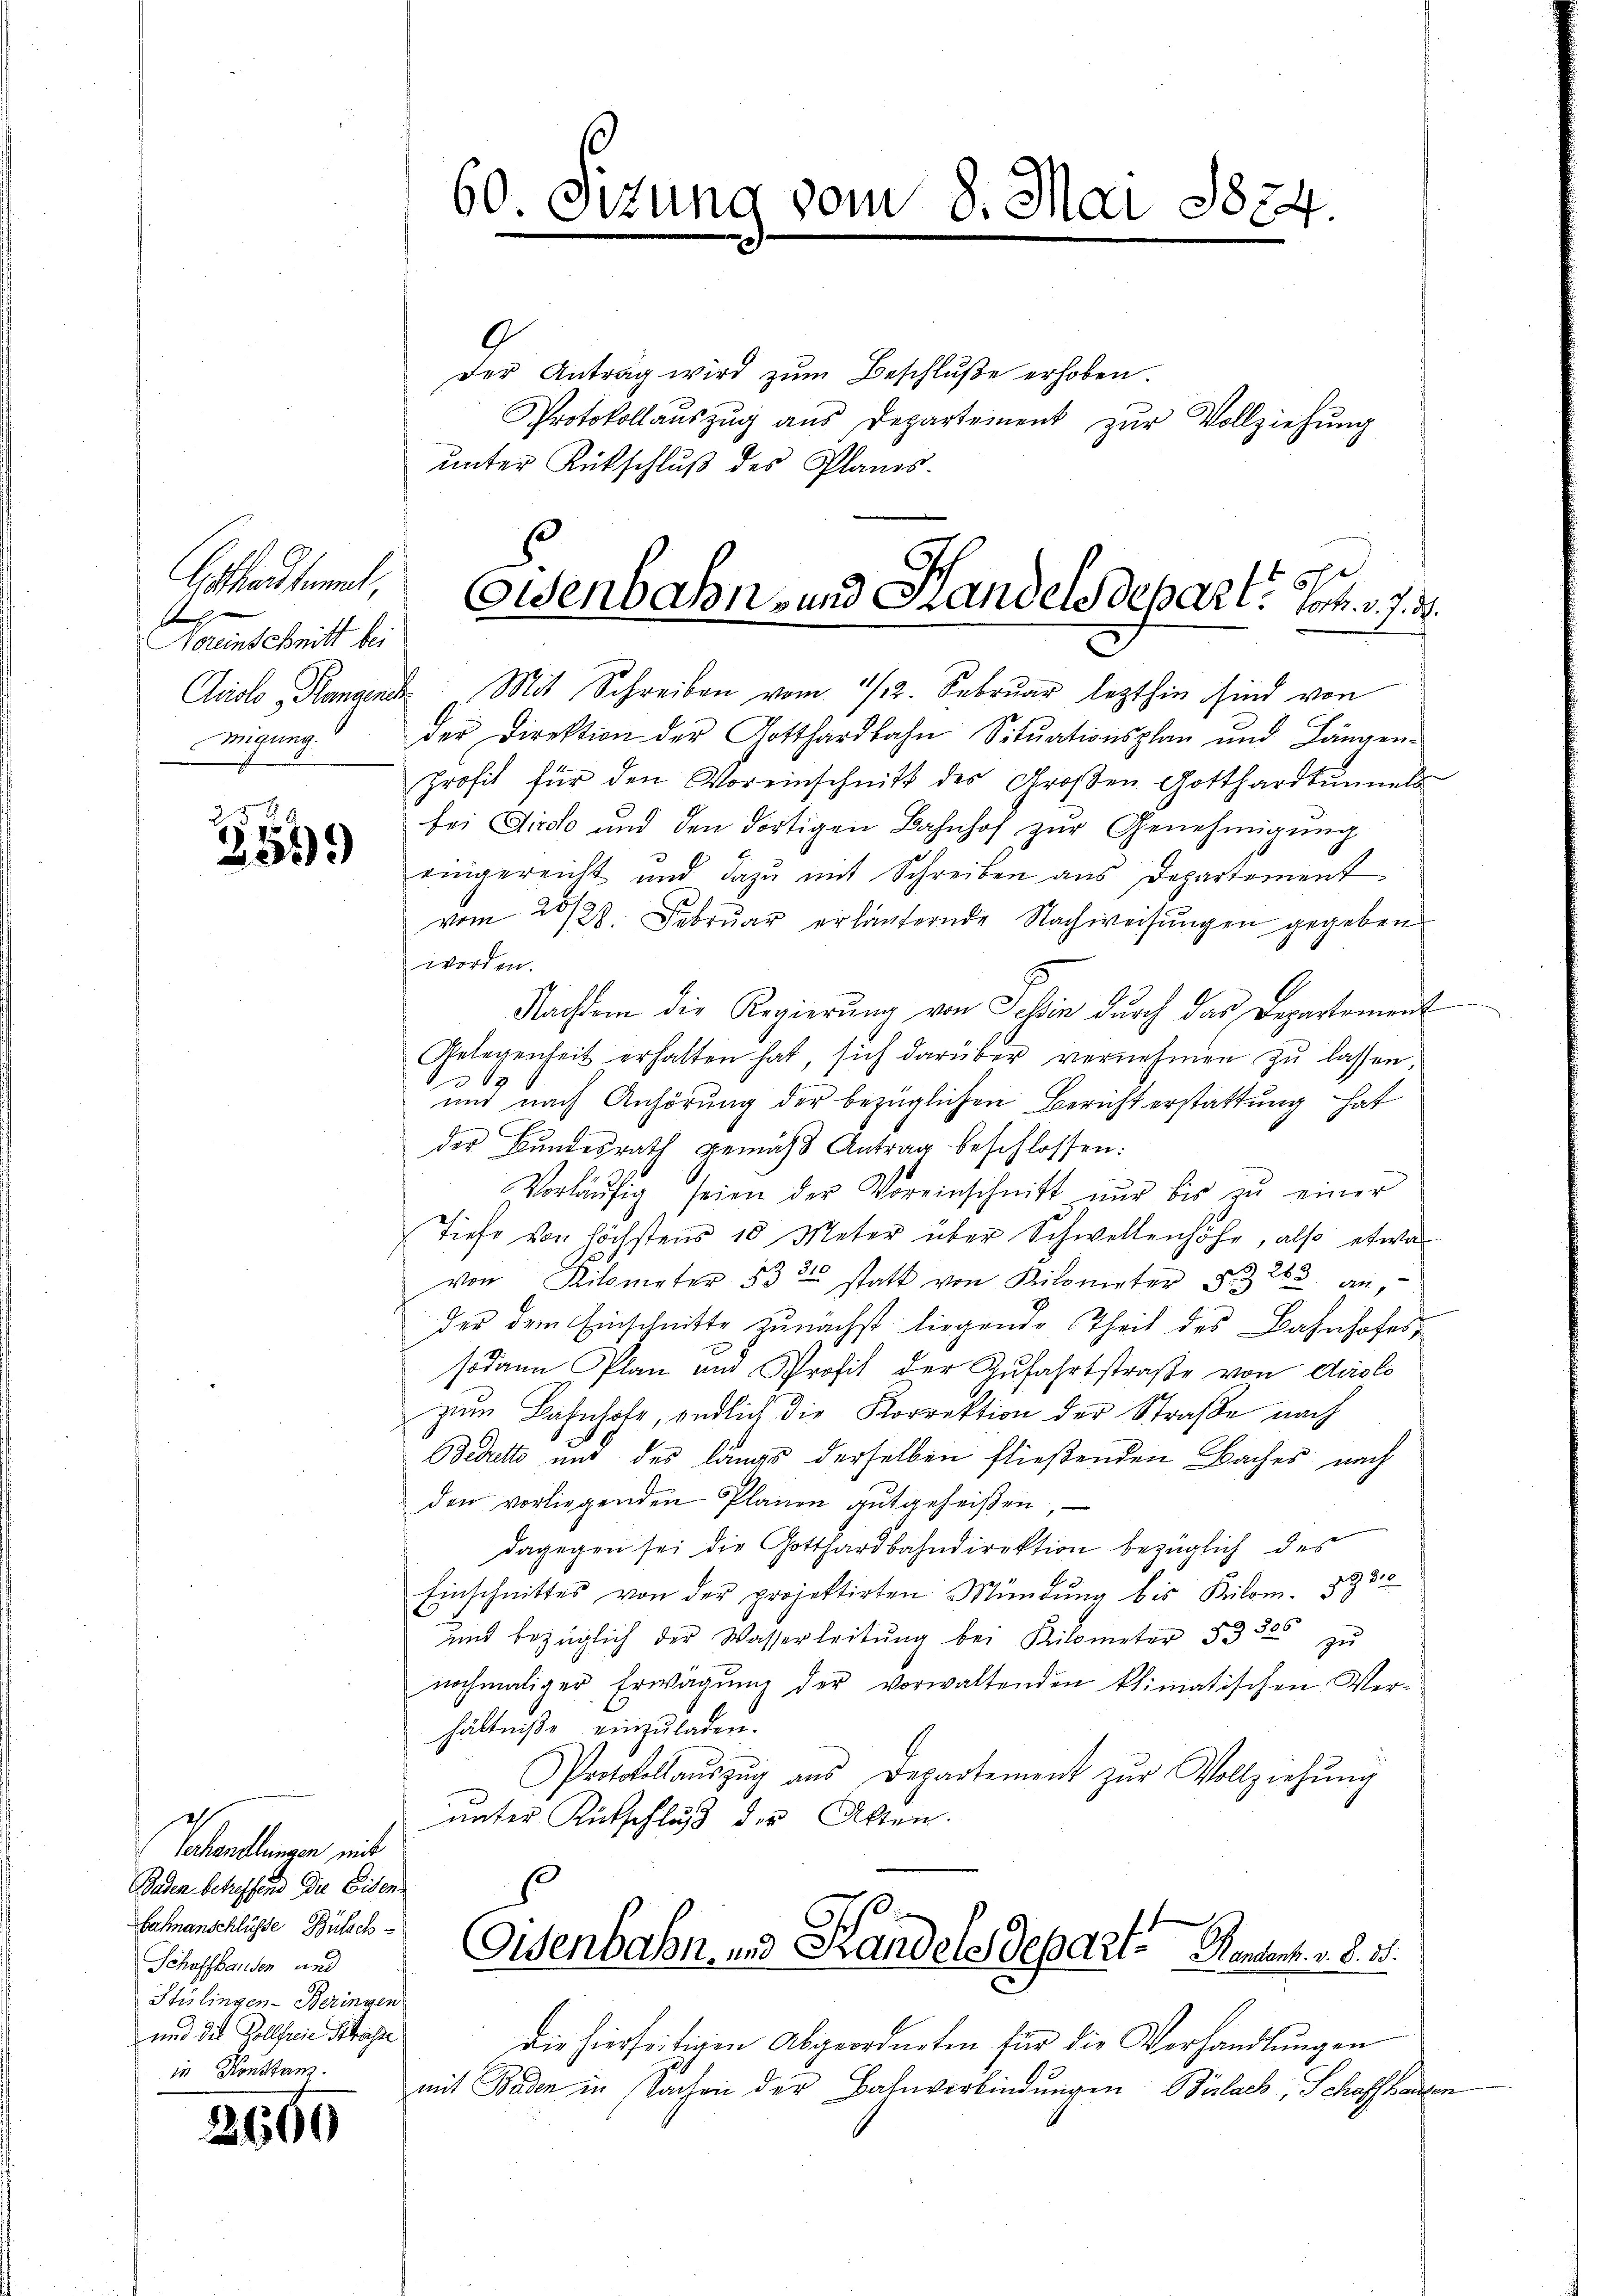
seten ent
Hereinschritt bei
migung.

2569
255)

Galanlangen mit
Baden betreffend die Eisen¬
Bahnanschlüsse Bülach
Schaffhausen und
Stülingen-Beringen
und die Kollfreie Schüsse
in Konstanz.

2660

60 Sitzung vom

der Antrag wird zŭm Beschluße erhoben.
Protokollaŭszŭg aŭs Departement zŭr Vollziehŭng
unter Rückschluß des Planes.

.Mai 1884.

Eisenbahn- und Handelsdepart. Jos. v. 7.
Crolo, Plangen: Mit Schreiben vom 1/2. Februar lezthin sind von

der Direktion der Gotthardbahn Sitŭationsplan und Längen-
Profit für den Voreinschnitt des Großen Gotthardtunnels
bei Dirch und den dortigen Bahnhof zur Genehmigung
eingereicht und dazu mit Schreiben aus Departement
vom 23/28. Febrŭar erläufernde Nachweisŭngen gegeben
worden.
Nachdem die Regierŭng von Schin dŭrch das Departement
Gelegenheit erhalten hat, sich darüber vernehmen zŭ lassen,
S
und nach Anhörung der bezüglichen Bericht erstattung hat
der Bundesrath gemäss Antrag beschlossen:
Vorläŭfig seien der Voreinschnitt nŭr bis zŭ einer
Tiefe von höchstens 10 Meter über Schwellenhöhe, also etwas
von Kilometer 833 statt von Kilometer § 283. an,
der dem Einschnitte zunächst liegende Theil des Bahnhofessodann Plan und Profit der Zufahrtstraße von dislo
zum Bahnhofe, endlich die Korrektion der Straße nach
Bedutto mit des längs derselben fließenden Baches nach
den vorliegenden Planen gutgeheißen,
dagegen sei die Gotthardbahndirektion bezüglich des
Einschnittes von der projektirten Mündŭng bis Kilom. 2930
und bezüglich der Wasserleitŭng bei Kilometer §§ 325 zŭ
nochmaliger Erwägŭng der vorwaltenden klimatischen Ver-
hältniße einzuladen.
Protokolaŭszŭg ans Departement zŭr Vollziehŭng
unter Rutschluß der Akten.
.
Eisenbahn und Handels Departe Rentent. v. d. 31.
Die hierseitigen Abgeordneten für die Verhandlŭngen
mit Baden in Sachen der Bahnverbindungen Bülach, Schaffhausen